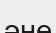
әне